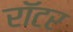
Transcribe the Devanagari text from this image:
रॉटर